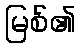
မြစ်၏